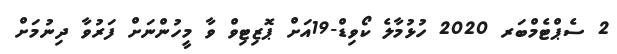
2 ސެޕްޓެމްބަރ 2020 ހުޅުމާލެ ކޯވިޑް-19އަށް ޕޮޒިޓިވް ވާ މީހުންނަށް ފަރުވާ ދިނުމަށް